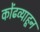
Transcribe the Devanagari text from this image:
कोंढव्याहून